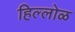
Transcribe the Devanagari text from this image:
हिल्लोळ